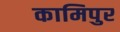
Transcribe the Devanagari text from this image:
कामिपुर